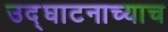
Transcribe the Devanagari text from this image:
उद्घाटनाच्याच